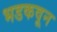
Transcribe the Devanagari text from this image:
भडकवून